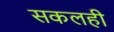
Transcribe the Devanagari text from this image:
सकलही